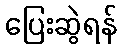
ပြေးဆွဲရန်